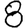
Digit: 8